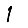
Digit: 1